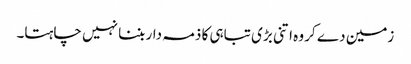
زمین دے کر وہ اتنی بڑی تباہی کا ذمہ دار بننا نہیں چاہتا۔